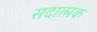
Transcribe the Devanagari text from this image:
सदात्मक